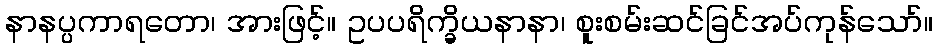
နာနပ္ပကာရတော၊ အားဖြင့်။ ဥပပရိက္ခိယနာနာ၊ စူးစမ်းဆင်ခြင်အပ်ကုန်သော်။